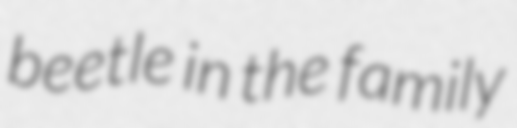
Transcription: beetle in the family